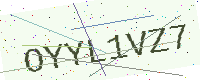
Text: OYYL1VZ7